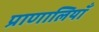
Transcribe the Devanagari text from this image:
प्राणालियाँ